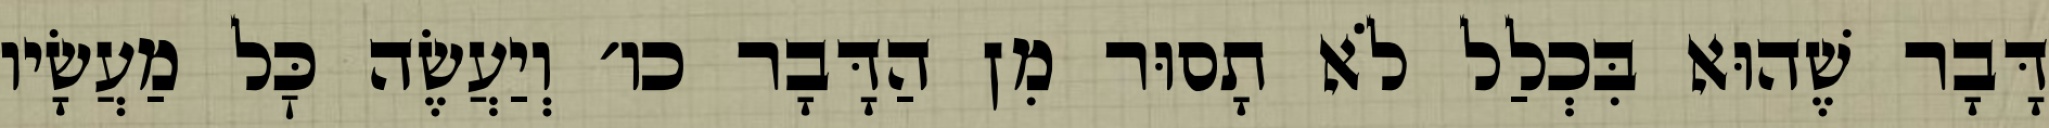
דָּבָר שֶׁהוּא בִּכְלַל לֹא תָסוּר מִן הַדָּבָר כו׳ וְיַעֲשֶׂה כׇּל מַעֲשָׂיו